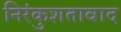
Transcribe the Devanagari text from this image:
निरंकुशतावाद